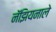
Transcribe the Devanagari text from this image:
नॅझियनाले